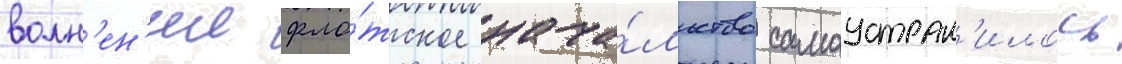
волн'ен'ии фло́тское нача́льство самоустран'илось